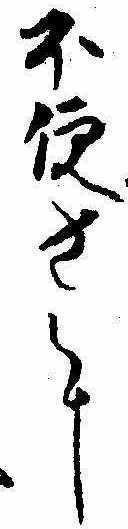
不便さに